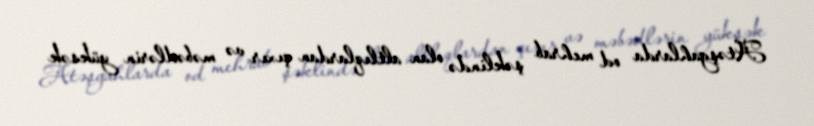
Atəşgahlarda od mehrab şəklində olan altlıqlardan çıxır və məbədlərin yüksək